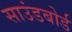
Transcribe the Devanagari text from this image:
साउंडबोर्ड